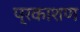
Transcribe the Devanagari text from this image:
प्रकाशण